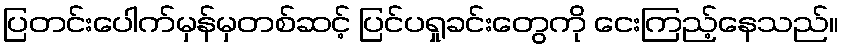
ပြတင်းပေါက်မှန်မှတစ်ဆင့် ပြင်ပရှုခင်းတွေကို ငေးကြည့်နေသည်။